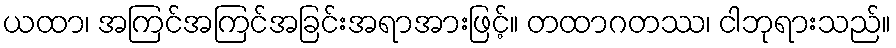
ယထာ၊ အကြင်အကြင်အခြင်းအရာအားဖြင့်။ တထာဂတဿ၊ ငါဘုရားသည်။